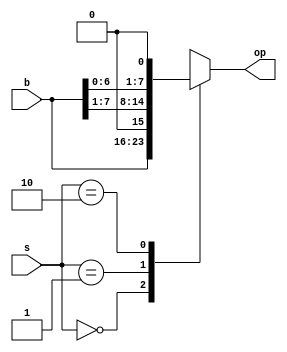
module shifter (b,s,op);
input [1:0] s;
input [7:0] b;
output [7:0] op;
reg [7:0]op;
always@(*)begin
	case(s)
		2'b00:op=b;
		2'b01:op={1'b0,b[7:1]};
		2'b10:op={b[6:0],1'b0};
		2'b11:op=8'hx;
	endcase
end
endmodule